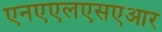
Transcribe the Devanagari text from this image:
एनएएलएसएआर